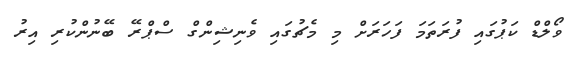
ވޯލްޑް ކަޕުގައި ފުރަތަމަ ފަހަރަށް މި މެޗުގައި ވެނިޝިންގް ސްޕްރޭ ބޭނުންކުރި އިރު